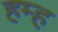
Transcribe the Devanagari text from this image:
हम्ह